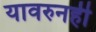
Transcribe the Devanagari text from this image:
यावरुनही